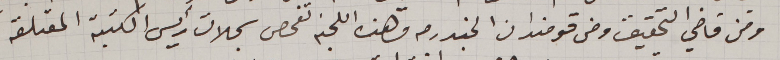
ومن قاضي التحقيق ومن قومندان الجندرمه وهذه اللجنة تفحص سجلات رئيس الكتبة المتعلقه